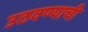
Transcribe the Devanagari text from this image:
उठवण्याची